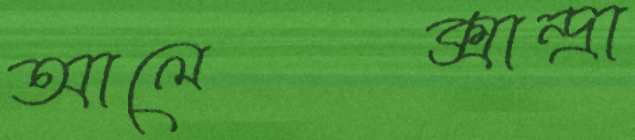
আলেক্সান্দ্রা